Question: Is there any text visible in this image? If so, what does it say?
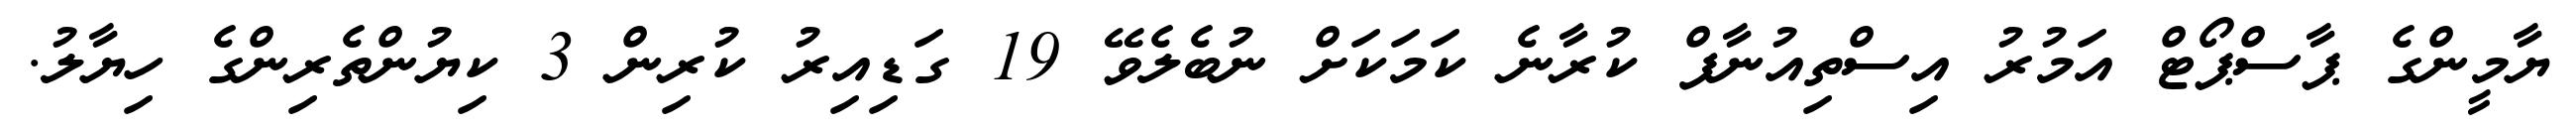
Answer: ޔާމީންގެ ޕާސްޕޯޓް އަމުރު އިސްތިއުނާފް ކުރާނެ ކަމަކަށް ނުބެލެވޭ 19 ގަޑިއިރު ކުރިން 3 ކިޔުންތެރިންގެ ހިޔާލު.